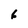
Character: 6